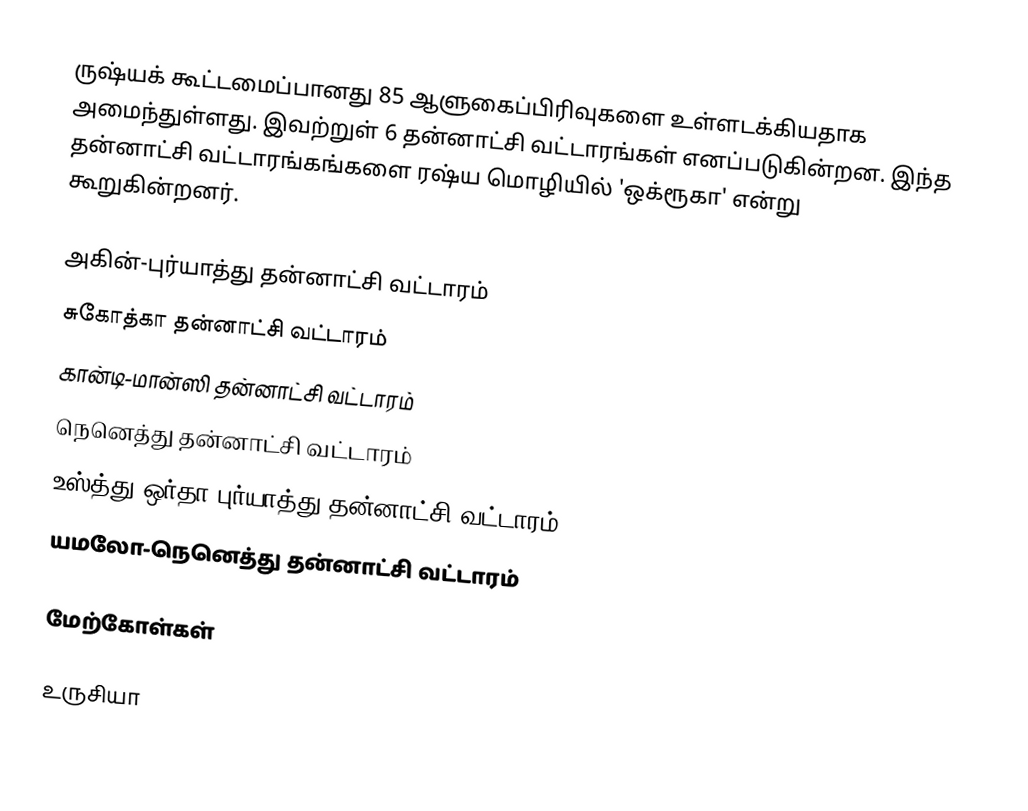
ருஷ்யக் கூட்டமைப்பானது 85 ஆளுகைப்பிரிவுகளை உள்ளடக்கியதாக அமைந்துள்ளது. இவற்றுள் 6 தன்னாட்சி வட்டாரங்கள் எனப்படுகின்றன. இந்த தன்னாட்சி வட்டாரங்கங்களை ரஷ்ய மொழியில் 'ஒக்ரூகா' என்று கூறுகின்றனர்.

அகின்-புர்யாத்து தன்னாட்சி வட்டாரம்
சுகோத்கா தன்னாட்சி வட்டாரம்
கான்டி-மான்ஸி தன்னாட்சி வட்டாரம்
நெனெத்து தன்னாட்சி வட்டாரம்
உஸ்த்து-ஒர்தா புர்யாத்து தன்னாட்சி வட்டாரம்
யமலோ-நெனெத்து தன்னாட்சி வட்டாரம்

மேற்கோள்கள்

உருசியா